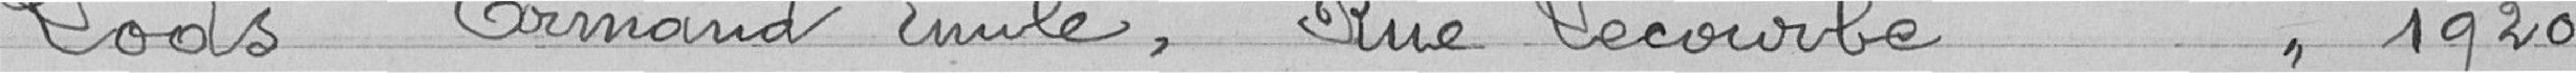
Lods Armand Émile, Rue Lecourbe 1920